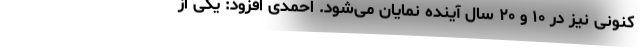
کنونی نیز در ۱۰ و ۲۰ سال آینده نمایان می‌شود. احمدی افزود: یکی از